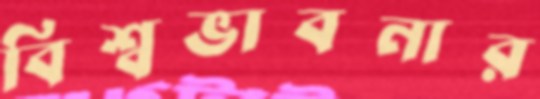
বিশ্বভাবনার